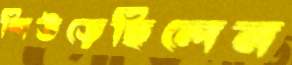
শিউড়েছিলেন